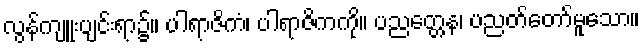
လွန်ကျူးပျင်းရာ၌။ ပါရာဇိကံ၊ ပါရာဇိကကို။ ပညတ္တေန၊ ပညတ်တော်မူသော။